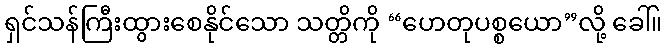
ရှင်သန်ကြီးထွားစေနိုင်သော သတ္တိကို “ဟေတုပစ္စယော”လို့ ခေါ်။